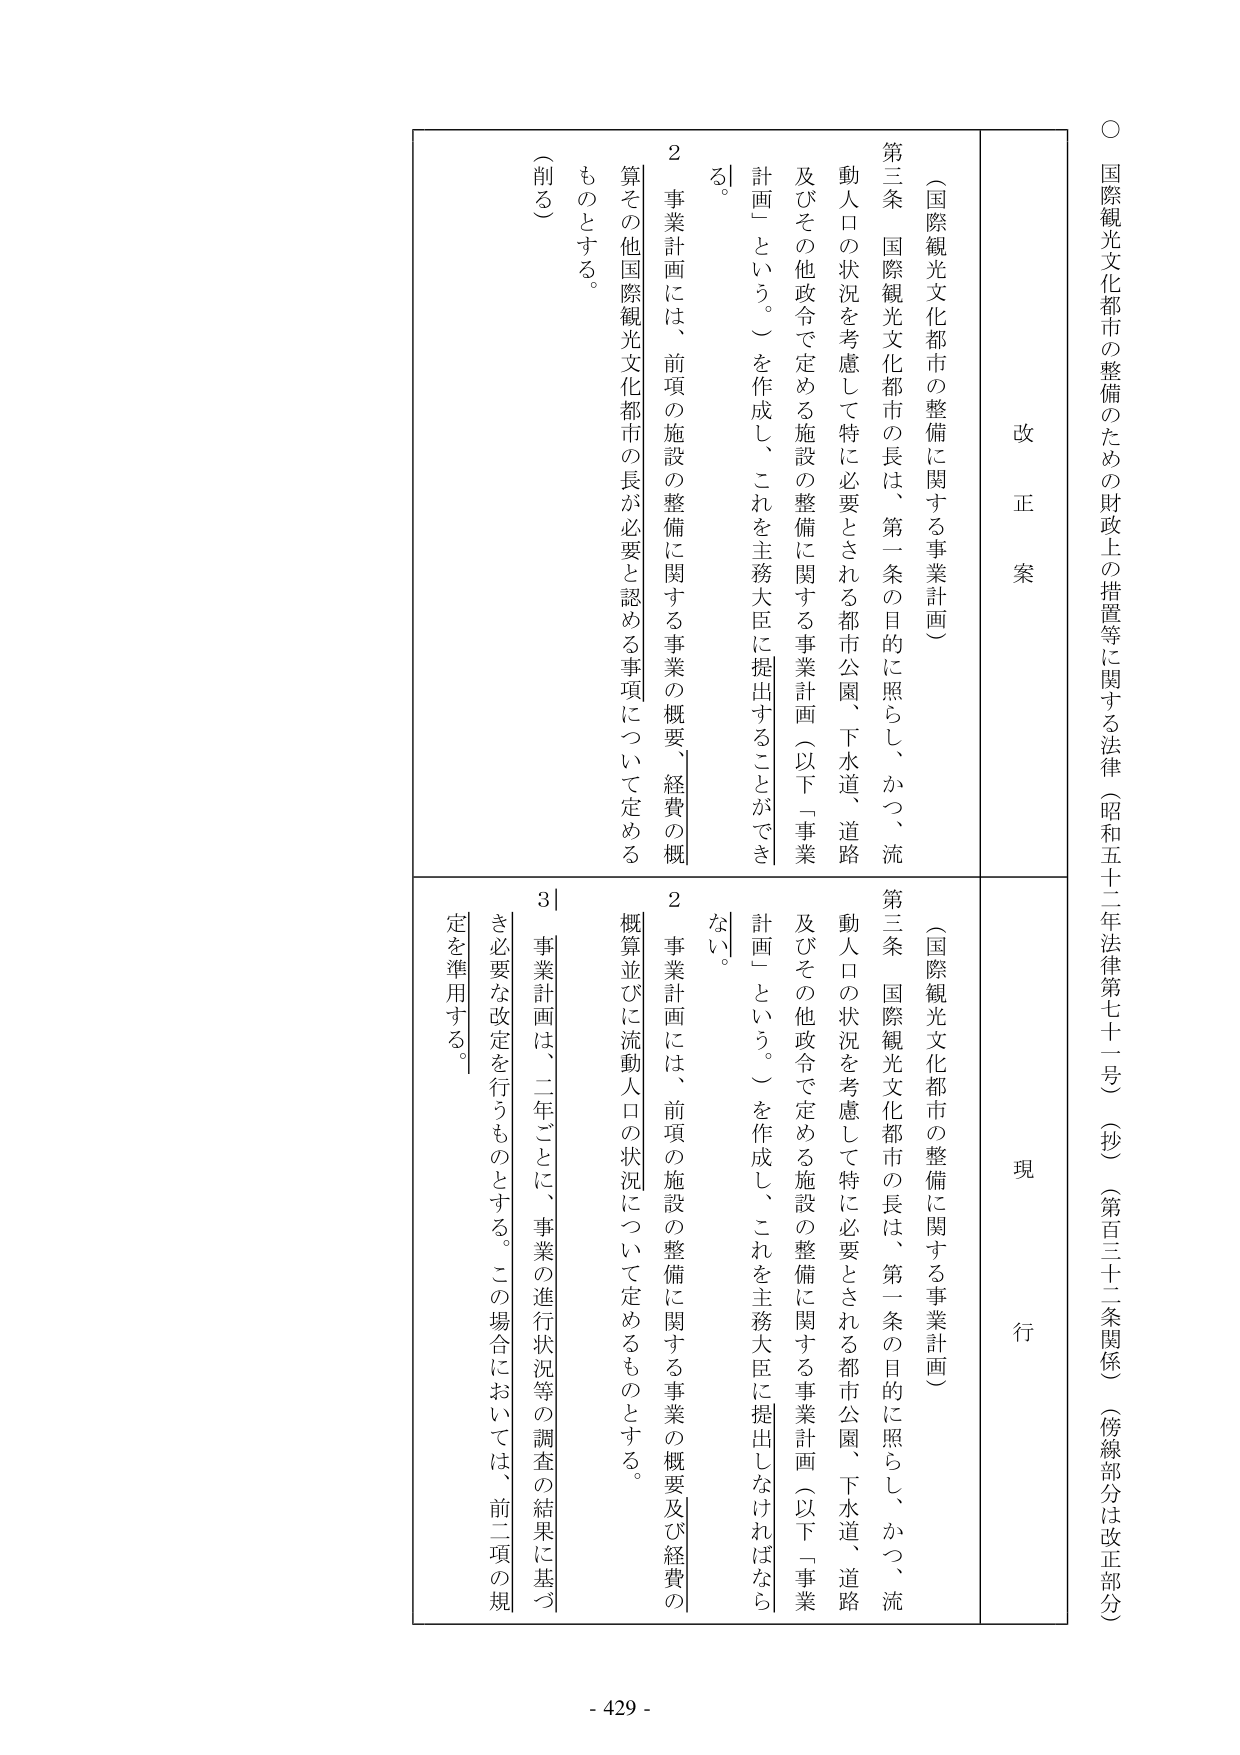
○ 国際観光文化都市の整備のための財政上の措置等に関する法律（昭和五十二年法律第七十一号）（抄）（第百三十二条関係）（傍線部分は改正部分）

改 正 案

（国際観光文化都市の整備に関する事業計画）

第三条 国際観光文化都市の長は、第一条の目的に照らし、かつ、流動人口の状況を考慮して特に必要とされる都市公園、下水道、道路及びその他政令で定める施設の整備に関する事業計画（以下「事業計画」という。）を作成し、これを主務大臣に提出することができる。

２ 事業計画には、前項の施設の整備に関する事業の概要、経費の概算その他国際観光文化都市の長が必要と認める事項について定めるものとする。

（削る）

現 行

（国際観光文化都市の整備に関する事業計画）

第三条 国際観光文化都市の長は、第一条の目的に照らし、かつ、流動人口の状況を考慮して特に必要とされる都市公園、下水道、道路及びその他政令で定める施設の整備に関する事業計画（以下「事業計画」という。）を作成し、これを主務大臣に提出しなければならない。

２ 事業計画には、前項の施設の整備に関する事業の概要及び経費の概算並びに流動人口の状況について定めるものとする。

３ 事業計画は、二年ごとに、事業の進行状況等の調査の結果に基づき必要な改定を行うものとする。この場合においては、前二項の規定を準用する。

- 429 -